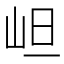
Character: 𭖌